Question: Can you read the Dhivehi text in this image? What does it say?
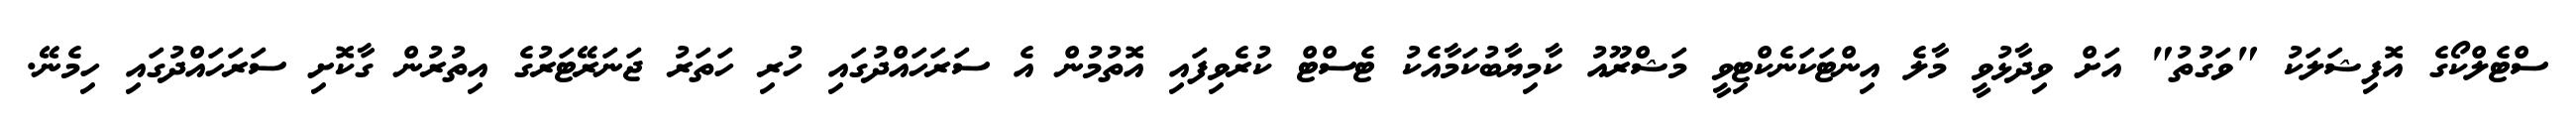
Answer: ސްޓެލްކޯގެ އޮފިޝަލަކު "ވަގުތު" އަށް ވިދާޅުވީ މާލެ އިންޓަކަނެކްޓިވީ މަޝްރޫއު ކާމިޔާބުކަމާއެކު ޓެސްޓް ކުރެވިފައި އޮތުމުން އެ ސަރަހައްދުގައި ހުރި ހަތަރު ޖަނަރޭޓަރުގެ އިތުރުން ގާކޮށި ސަރަހައްދުގައި ހިމެނޭ.